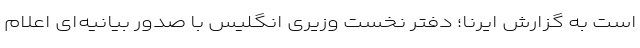
است به گزارش ایرنا؛ دفتر نخست وزیری انگلیس با صدور بیانیه‌ای اعلام